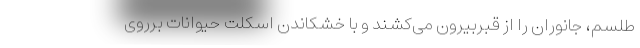
طلسم، جانوران را از قبربیرون می‌کشند و با خشکاندن اسکلت حیوانات برروی